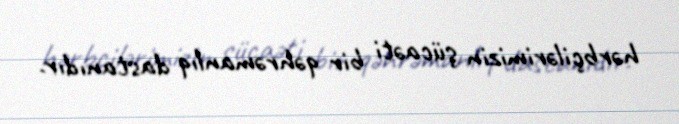
hərbçilərimizin şücaəti bir qəhrəmanlıq dastanıdır.